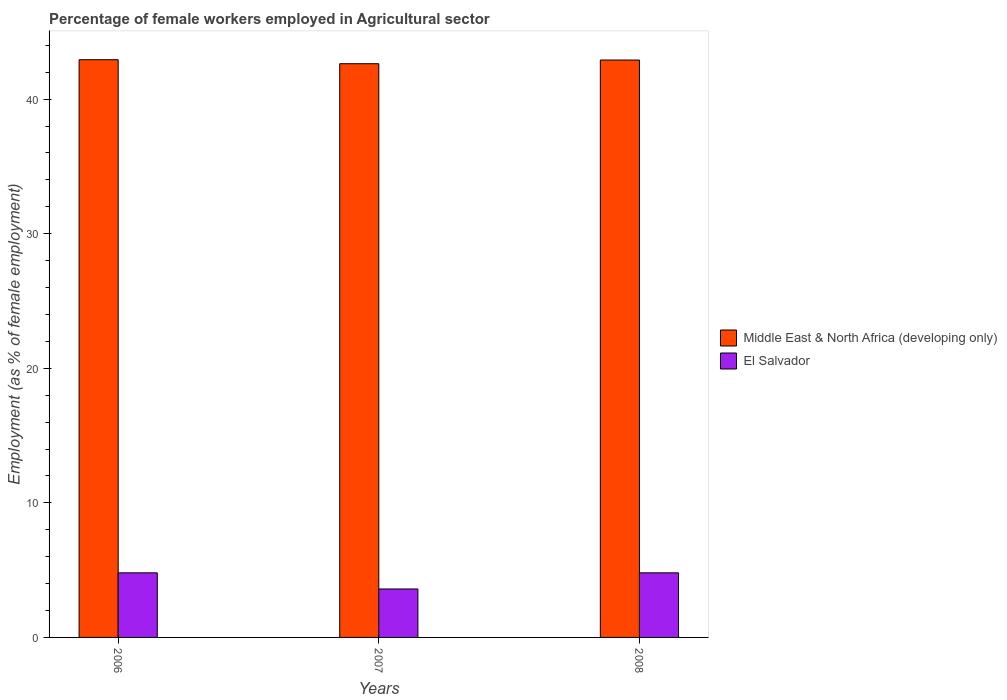
| Years | Middle East & North Africa (developing only) | El Salvador |
 | --- | --- | --- |
 | 2006 | 42.9 | 4.8 |
 | 2007 | 42.6 | 3.6 |
 | 2008 | 42.9 | 4.8 |